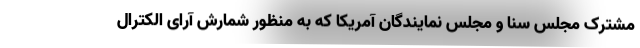
مشترک مجلس سنا و مجلس نمایندگان آمریکا که به منظور شمارش آرای الکترال